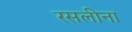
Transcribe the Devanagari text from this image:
रसलीना